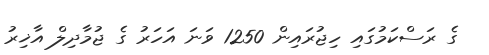
ގެ ރަސްކަމުގައި ހިޖުރައިން 1250 ވަނަ އަހަރު ގެ ޖުމާދިލް އާޚިރު